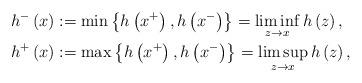
LaTeX: \begin{align*} h^{-}\left(x\right)&:=\min \left\{h\left(x^+\right),h\left(x^-\right) \right\}=\liminf_{z\to x} h\left(z\right),\\h^{+}\left(x\right)&:=\max \left\{h\left(x^+\right),h\left(x^-\right) \right\}=\limsup_{z\to x} h\left(z\right),\end{align*}